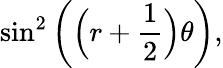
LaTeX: \sin^{2}\left({\Big(}r+{\frac{1}{2}}{\Big)}\theta\right),